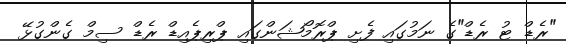
"ރެޑް ޓު ރެޑް"ގެ ނަމުގައި ފެށި ޕްރޮމޯޝަންގައި ޕްރިޕެއިޑް ރެޑް ސިމް ގެންގުޅޭ